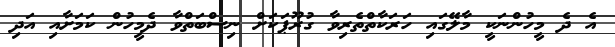
އެ ދެ މީހުންނަކީ މާލޭގައި ހަރަކާތްތެރިވާ ގުރޫޕަކަށް ނިސްބަތްވާ ދެމީހުން ކަމަށާއި އަދި